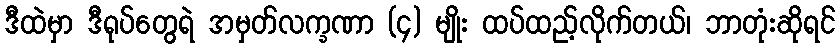
ဒီထဲမှာ ဒီရုပ်တွေရဲ အမှတ်လက္ခဏာ (၄) မျိုး ထပ်ထည့်လိုက်တယ်၊ ဘာတုံးဆိုရင်